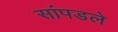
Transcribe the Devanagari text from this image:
सांपडले